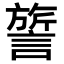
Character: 𬣃